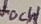
Text: VocH